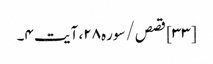
[۳۳] قصص/سوره۲۸، آیت ۴۔